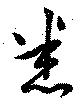
悉